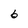
Character: 6